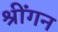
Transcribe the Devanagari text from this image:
श्रींगन